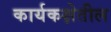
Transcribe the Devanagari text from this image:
कार्यकक्षेतील